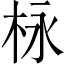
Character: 栐